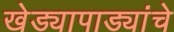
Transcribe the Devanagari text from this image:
खेड्यापाड्यांचे